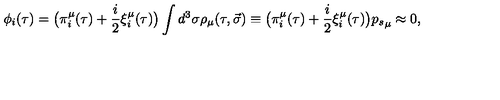
\phi _ { i } ( \tau ) = \big ( \pi _ { i } ^ { \mu } ( \tau ) + \frac i 2 \xi _ { i } ^ { \mu } ( \tau ) \big ) \int { d ^ { 3 } \sigma \rho _ { \mu } ( \tau , \vec { \sigma } ) \equiv \big ( \pi _ { i } ^ { \mu } ( \tau ) + \frac i 2 \xi _ { i } ^ { \mu } ( \tau ) \big ) { p _ { s } } _ { \mu } } \approx 0 ,